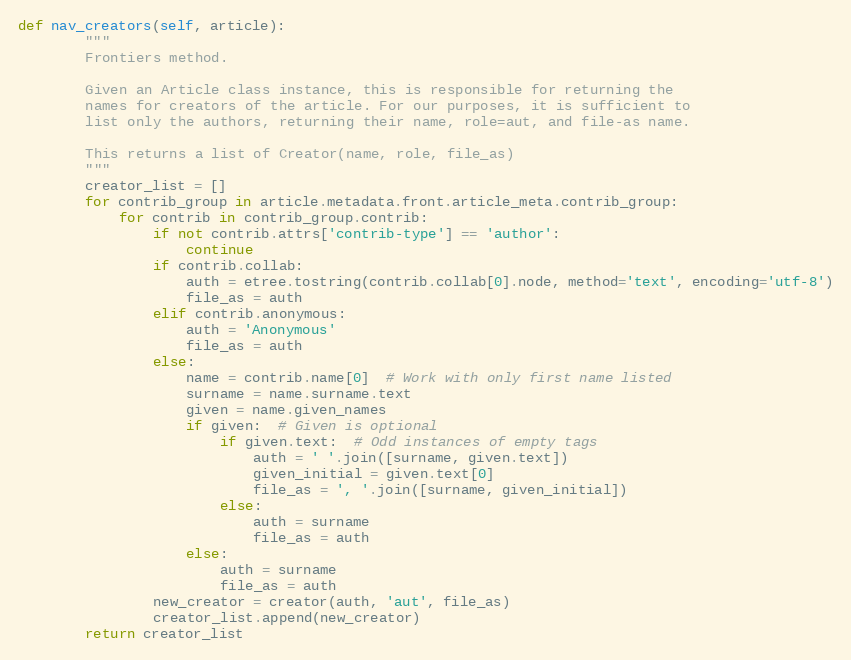
Language: Python
def nav_creators(self, article):
        """
        Frontiers method.

        Given an Article class instance, this is responsible for returning the
        names for creators of the article. For our purposes, it is sufficient to
        list only the authors, returning their name, role=aut, and file-as name.

        This returns a list of Creator(name, role, file_as)
        """
        creator_list = []
        for contrib_group in article.metadata.front.article_meta.contrib_group:
            for contrib in contrib_group.contrib:
                if not contrib.attrs['contrib-type'] == 'author':
                    continue
                if contrib.collab:
                    auth = etree.tostring(contrib.collab[0].node, method='text', encoding='utf-8')
                    file_as = auth
                elif contrib.anonymous:
                    auth = 'Anonymous'
                    file_as = auth
                else:
                    name = contrib.name[0]  # Work with only first name listed
                    surname = name.surname.text
                    given = name.given_names
                    if given:  # Given is optional
                        if given.text:  # Odd instances of empty tags
                            auth = ' '.join([surname, given.text])
                            given_initial = given.text[0]
                            file_as = ', '.join([surname, given_initial])
                        else:
                            auth = surname
                            file_as = auth
                    else:
                        auth = surname
                        file_as = auth
                new_creator = creator(auth, 'aut', file_as)
                creator_list.append(new_creator)
        return creator_list